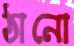
ঠানো